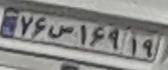
۷۶س۱۶۹۱۹